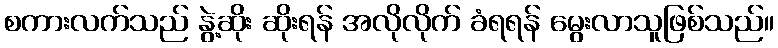
စကားလက်သည် နွဲ့ဆိုး ဆိုးရန် အလိုလိုက် ခံရရန် မွေးလာသူဖြစ်သည်။